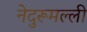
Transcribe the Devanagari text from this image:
नेदुरूमल्ली